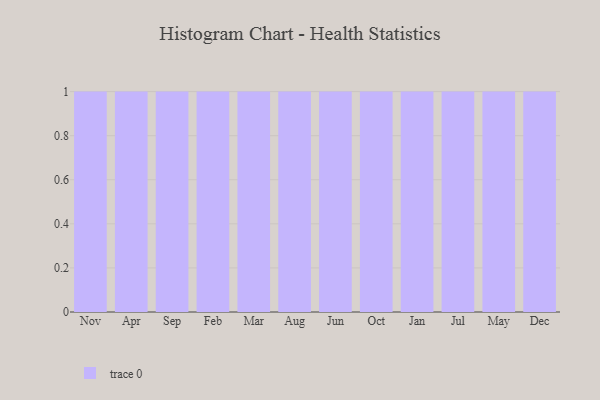
{"axis": {"x": "Month", "y": "Humidity (%)"}, "legend": [""], "data": [{"x": "Nov", "y": 10, "type": ""}, {"x": "Apr", "y": 88, "type": ""}, {"x": "Sep", "y": 58, "type": ""}, {"x": "Feb", "y": 80, "type": ""}, {"x": "Mar", "y": 44, "type": ""}, {"x": "Aug", "y": 10, "type": ""}, {"x": "Jun", "y": 75, "type": ""}, {"x": "Oct", "y": 45, "type": ""}, {"x": "Jan", "y": 46, "type": ""}, {"x": "Jul", "y": 31, "type": ""}, {"x": "May", "y": 75, "type": ""}, {"x": "Dec", "y": 9, "type": ""}]}